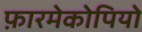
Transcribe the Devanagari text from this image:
फ़ारमेकोपियो